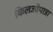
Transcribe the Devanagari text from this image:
किलओपात्रा